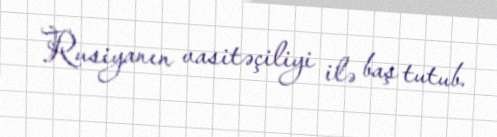
Rusiyanın vasitəçiliyi ilə baş tutub.